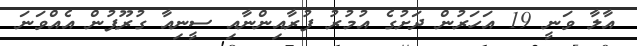
އާލާ ވަނީ 19 އަހަރުން ދަށުގެ އުމުރު ފުރާއިންނާއި ސީނިއާ ގުރޫޕުން އެއްވަނަ